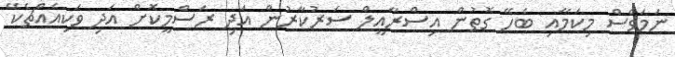
ނަމަވެސް މިކަމާއި ބެހޭ ގޮތުން އިސްރާއީލް ސަރުކާރުން އަދި ރަސްމީކޮށް އަދި ވަކިއެއްޗެކޭ